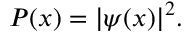
P ( x ) = | \psi ( x ) | ^ { 2 } .